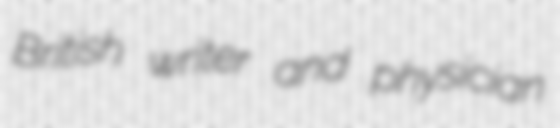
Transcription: British writer and physician